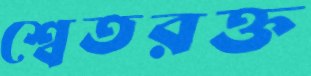
শ্বেতরক্ত